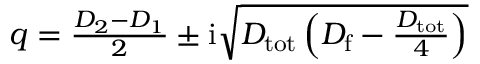
\begin{array} { r } { q = \frac { D _ { 2 } - D _ { 1 } } { 2 } \pm \mathrm { i } \sqrt { D _ { \mathrm { t o t } } \left( D _ { \mathrm { f } } - \frac { D _ { \mathrm { t o t } } } { 4 } \right) } } \end{array}